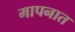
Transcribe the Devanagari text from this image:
मापनात